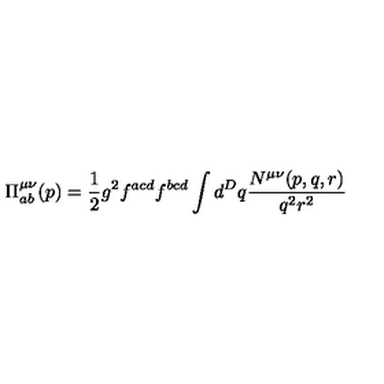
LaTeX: \Pi _ { a b } ^ { \mu \nu } ( p ) = \frac { 1 } { 2 } g ^ { 2 } f ^ { a c d } f ^ { b c d } \int d ^ { D } q \frac { N ^ { \mu \nu } ( p , q , r ) } { q ^ { 2 } r ^ { 2 } }